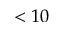
< 1 0